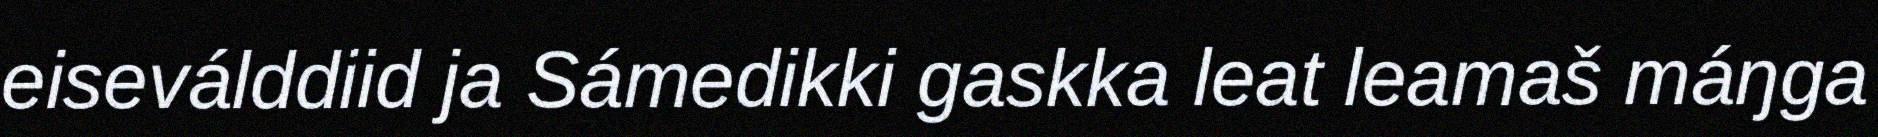
eiseválddiid ja Sámedikki gaskka leat leamaš máŋga